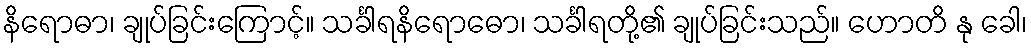
နိရောဓာ၊ ချုပ်ခြင်းကြောင့်။ သင်္ခါရနိရောဓော၊ သင်္ခါရတို့၏ ချုပ်ခြင်းသည်။ ဟောတိ နု ခေါ၊